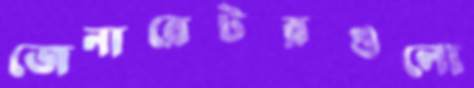
জেনারেটরগুলো